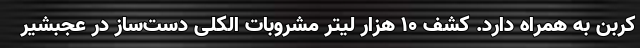
کربن به همراه دارد. کشف ۱۰ هزار لیتر مشروبات الکلی دست‌ساز در عجبشیر